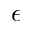
\epsilon